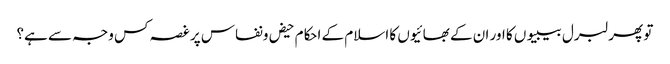
تو پھر لبرل بیبیوں کا اور ان کے بھائیوں کا اسلام کے احکام حیض ونفاس پر غصہ کس وجہ سے ہے؟